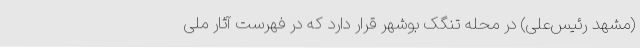
(مشهد رئیس‌علی) در محله تنگک بوشهر قرار دارد که در فهرست آثار ملی